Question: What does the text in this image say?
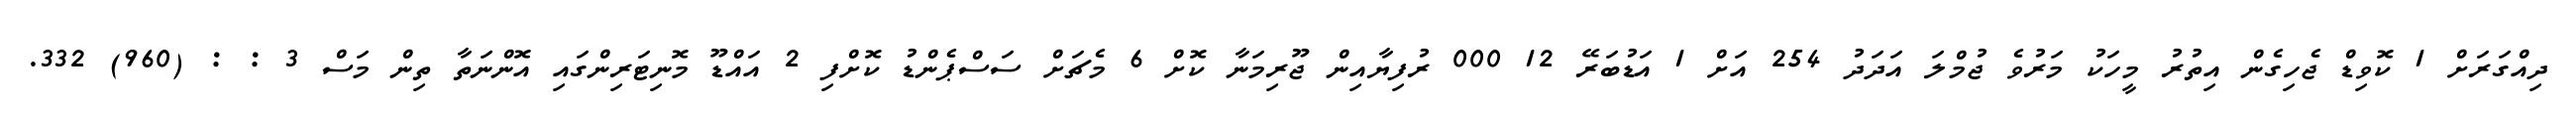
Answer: ދިއްގަރަށް 1 ކޮވިޑް ޖެހިގެން އިތުރު މީހަކު މަރުވެ ޖުމްލަ އަދަދު 254 އަށް 1 އަޑުބަރޭ 12 000 ރުފިޔާއިން ޖޫރިމަނާ ކޮށް 6 މެޗަށް ސަސްޕެންޑު ކޮށްފި 2 އައްޑޫ މޮނިޓަރިންގައި އޮންނަތާ ތިން މަސް 3 : : (960) 332.